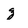
Character: z